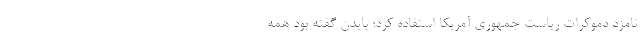
نامزد دموکرات ریاست جمهوری آمریکا استفاده کرد؛ بایدن گفته بود همه